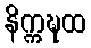
နိက္ကဍ္ဎထ